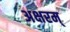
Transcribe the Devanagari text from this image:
अक्षरम्